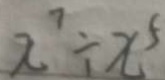
x ^ { 7 } \div x ^ { 5 }